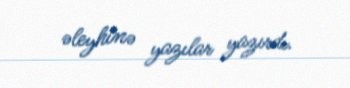
əleyhinə yazılar yazırdı.